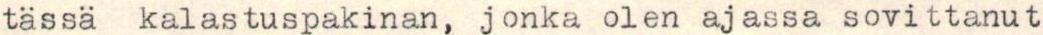
tässä kalastuspakinan, jonka olen ajassa sovittanut